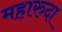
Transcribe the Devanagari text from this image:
महारुदा